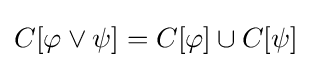
C[\varphi \lor \psi ]=C[\varphi ]\cup C[\psi ]